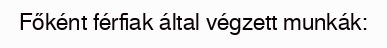
Főként férfiak által végzett munkák: